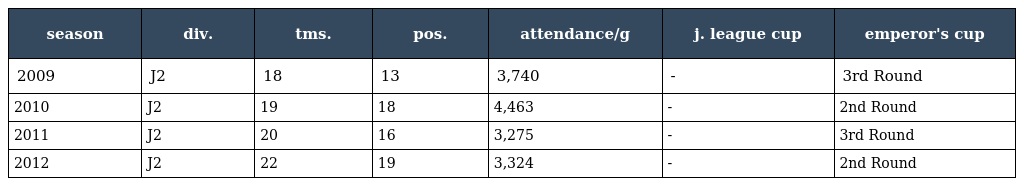
| season | div. | tms. | pos. | attendance/g | j. league cup | emperor's cup |
 | --- | --- | --- | --- | --- | --- | --- |
 | 2009 | J2 | 18 | 13 | 3,740 | - | 3rd Round |
 | 2010 | J2 | 19 | 18 | 4,463 | - | 2nd Round |
 | 2011 | J2 | 20 | 16 | 3,275 | - | 3rd Round |
 | 2012 | J2 | 22 | 19 | 3,324 | - | 2nd Round |